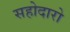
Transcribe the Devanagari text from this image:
सहोदारो